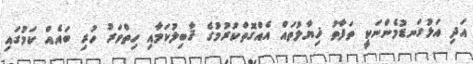
އަދި އަޅުގަނޑުމެންނަކީ ތަފާތު ޚިޔާލުތައް އެއްގޮތްކުރުމުގެ ޤާބިލުކަމާއި ހިތްވަރު ހުރި ބައެއް ކަމުގައި